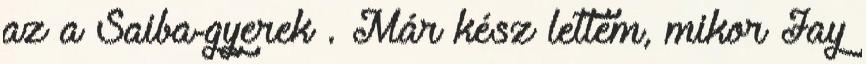
az a Saiba-gyerek . Már kész lettem, mikor Jay